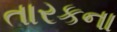
તારકના